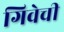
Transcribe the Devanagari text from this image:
गिवेची